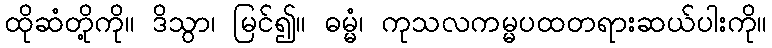
ထိုဆံတို့ကို။ ဒိသွာ၊ မြင်၍။ ဓမ္မံ၊ ကုသလကမ္မပထတရားဆယ်ပါးကို။